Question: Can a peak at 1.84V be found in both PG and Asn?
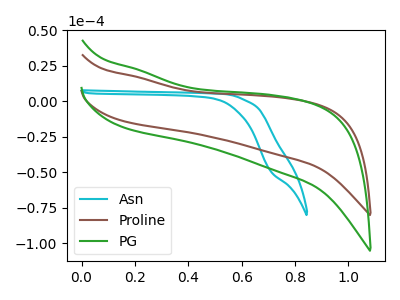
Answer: <think>The cyan curve "Asn" has no peaks. The brown curve "Proline" has no peaks. The green curve "PG" has no peaks.</think>
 <answer>No, "PG" and "Asn" dont share a peak at 1.84V.</answer>
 <eval>mismatch</eval>